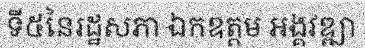
ទី៥នៃរដ្ឋសភា ឯកឧត្តម អង្គវឌ្ឍា